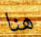
هنا